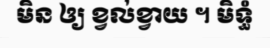
មិន ឲ្យ ខ្វល់ខ្វាយ ។ មិទ្ធំ